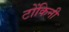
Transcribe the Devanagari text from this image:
टोंकिनी